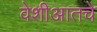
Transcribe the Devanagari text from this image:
वेशीआतचे